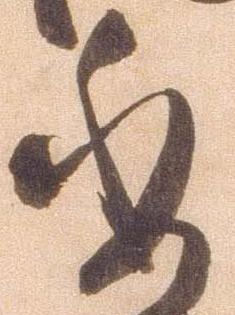
委